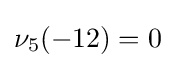
\nu _{5}(-12)=0